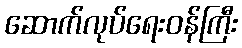
ဆောက်လုပ်ရေးဝန်ကြီး